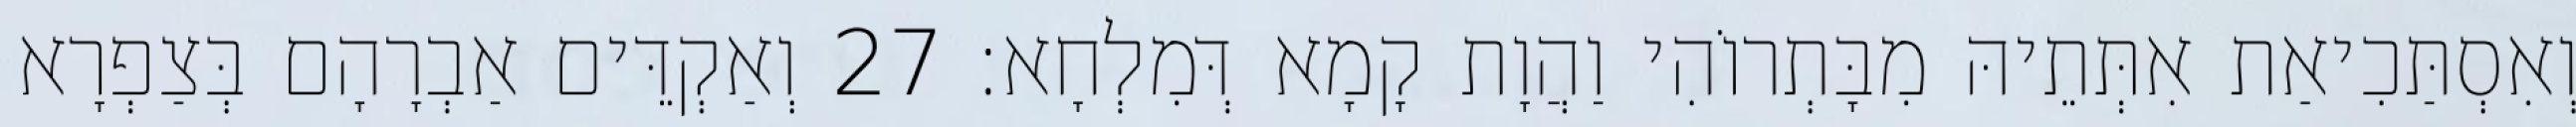
וְאִסְתַּכִיאַת אִתְּתֵיהּ מִבָּתְרוֹהִי וַהֲוָת קָמָא דְּמִלְחָא׃ 27 וְאַקְדֵּים אַבְרָהָם בְּצַפְרָא